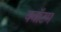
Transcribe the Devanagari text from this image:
क्‍वॉटम